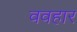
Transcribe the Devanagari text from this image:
ववहार